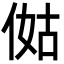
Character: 㑬